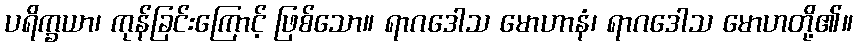
ပရိက္ခယာ၊ ကုန်ခြင်းကြောင့် ဖြစ်သော။ ရာဂဒေါသ မောဟာနံ၊ ရာဂဒေါသ မောဟတို့၏။